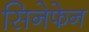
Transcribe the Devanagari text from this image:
सिनेफेन